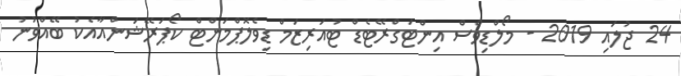
24 ޖުލައި 2019 - މޯލްޑިވްސް އިންޓަގްރޭޓެޑް ޓުއަރިޒަމް ޑިވެލޮޕްމަންޓް ކޯޕަރޭޝަންއާއެކު ބޭއްވުނު